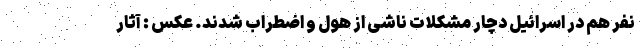
نفر هم در اسرائیل دچار مشکلات ناشی از هول و اضطراب شدند. عکس : آثار